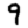
Digit: 9